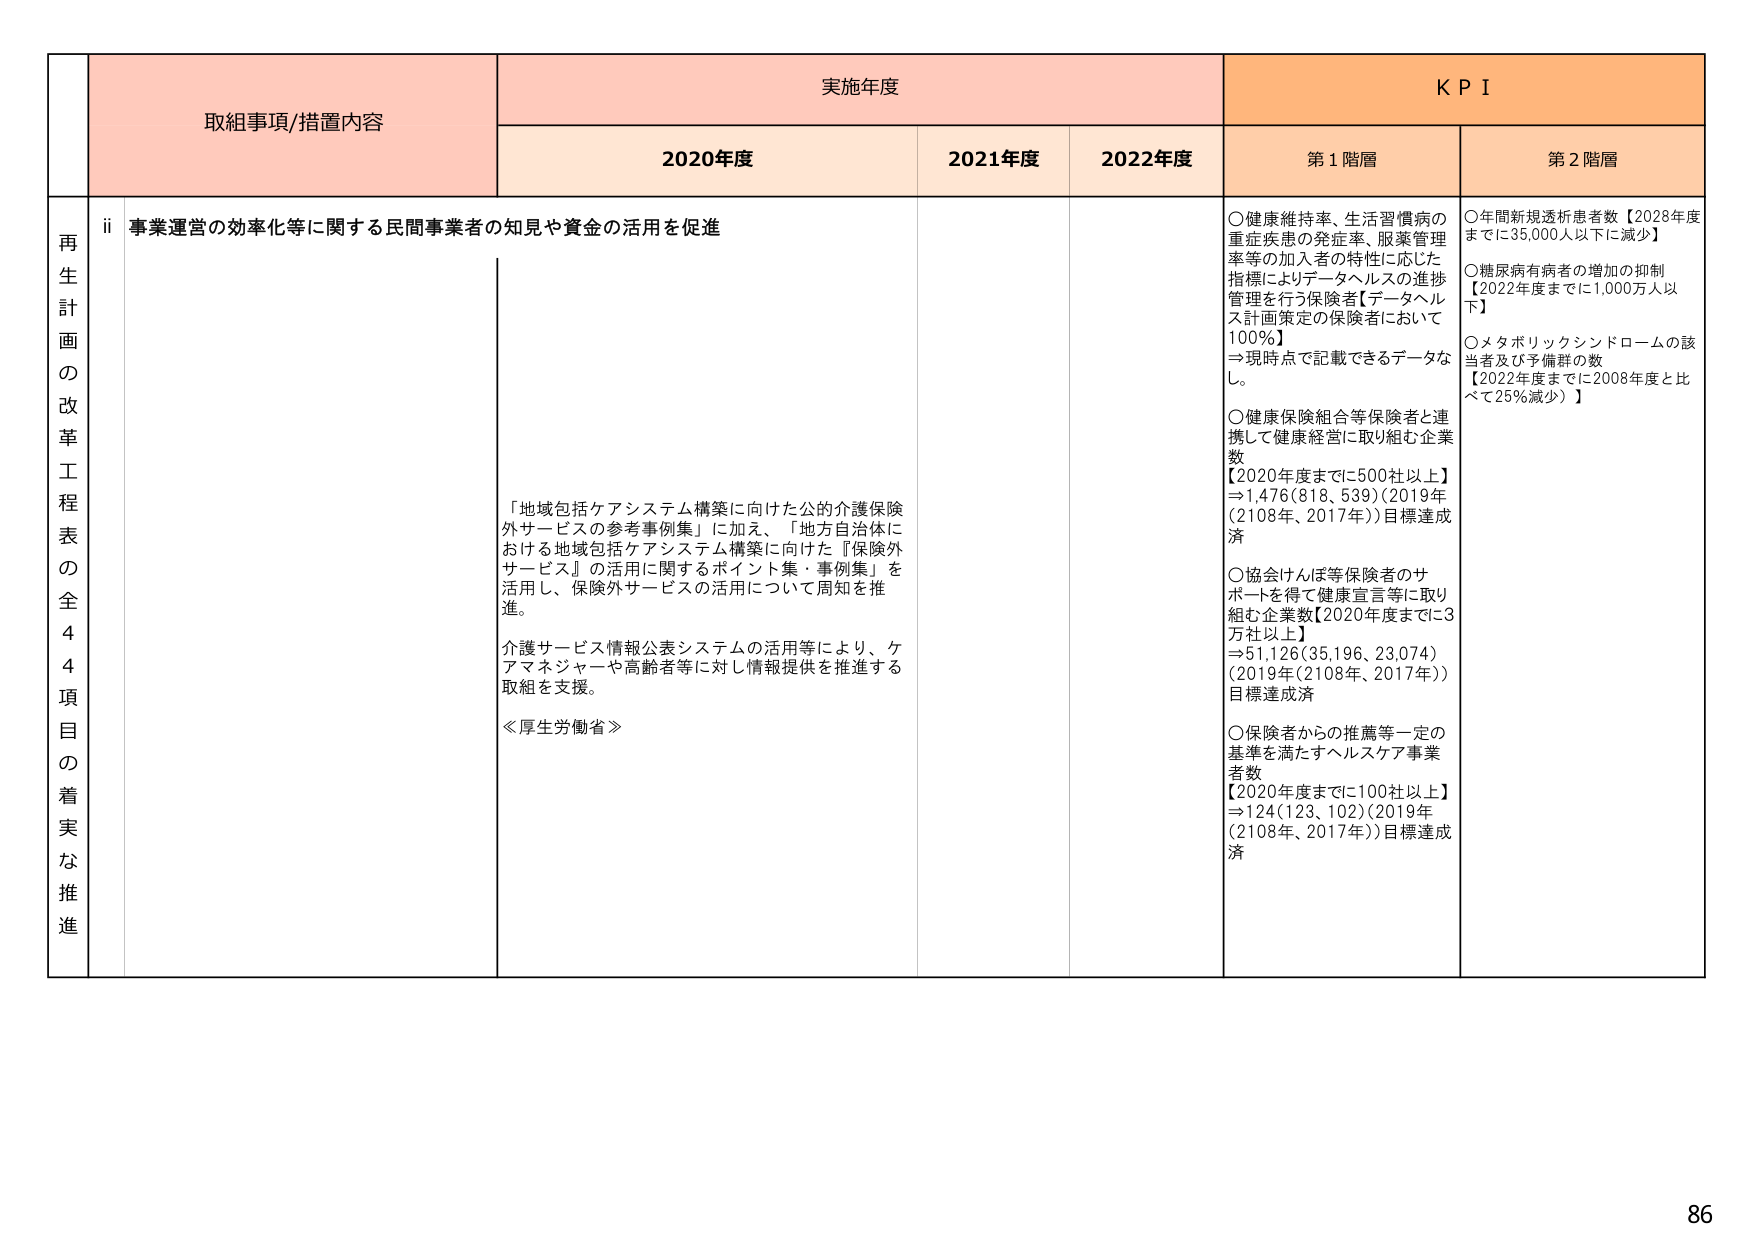
再生計画の改革工程表の全44項目の着実な推進

取組事項/措置内容

実施年度

KPI

2020年度

2021年度

2022年度

第1階層

第2階層

ii 事業運営の効率化等に関する民間事業者の知見や資金の活用を促進

「地域包括ケアシステム構築に向けた公的介護保険外サービスの参考事例集」に加え、「地方自治体における地域包括ケアシステム構築に向けた『保険外サービス』の活用に関するポイント集・事例集」を活用し、保険外サービスの活用について周知を推進。

介護サービス情報公表システムの活用等により、ケアマネジャーや高齢者等に対し情報提供を推進する取組を支援。

≪厚生労働省≫

○健康維持率、生活習慣病の重症疾患の発症率、服薬管理率等の加入者の特性に応じた指標によりデータヘルスの進捗管理を行う保険者【データヘルス計画策定の保険者において100%】
⇒現時点で記載できるデータなし。

○健康保険組合等保険者と連携して健康経営に取り組む企業数【2020年度までに500社以上】
⇒1,476(818、539)(2019年(2108年、2017年))目標達成済

○協会けんぽ等保険者のサポートを得て健康宣言等に取り組む企業数【2020年度までに3万社以上】
⇒51,126(35,196、23,074)(2019年(2108年、2017年))目標達成済

○保険者からの推薦等一定の基準を満たすヘルスケア事業者数【2020年度までに100社以上】
⇒124(123、102)(2019年(2108年、2017年))目標達成済

○年間新規透析患者数【2028年度までに35,000人以下に減少】

○糖尿病有病者の増加の抑制【2022年度までに1,000万人以下】

○メタボリックシンドロームの該当者及び予備群の数【2022年度までに2008年度と比べて25%減少】

86